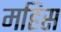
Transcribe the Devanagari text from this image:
महिस